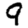
Digit: 9